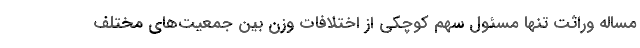
مساله وراثت تنها مسئول سهم کوچکی از اختلافات وزن بین جمعیت‌های مختلف